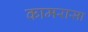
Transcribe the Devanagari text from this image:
कामरासा